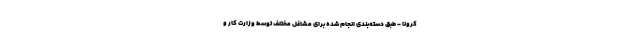
کرونا - طبق دسته‌بندی انجام شده برای مشاغل مختلف توسط وزارت کار و